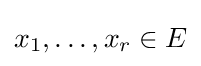
x_{1},\dots ,x_{r}\in E